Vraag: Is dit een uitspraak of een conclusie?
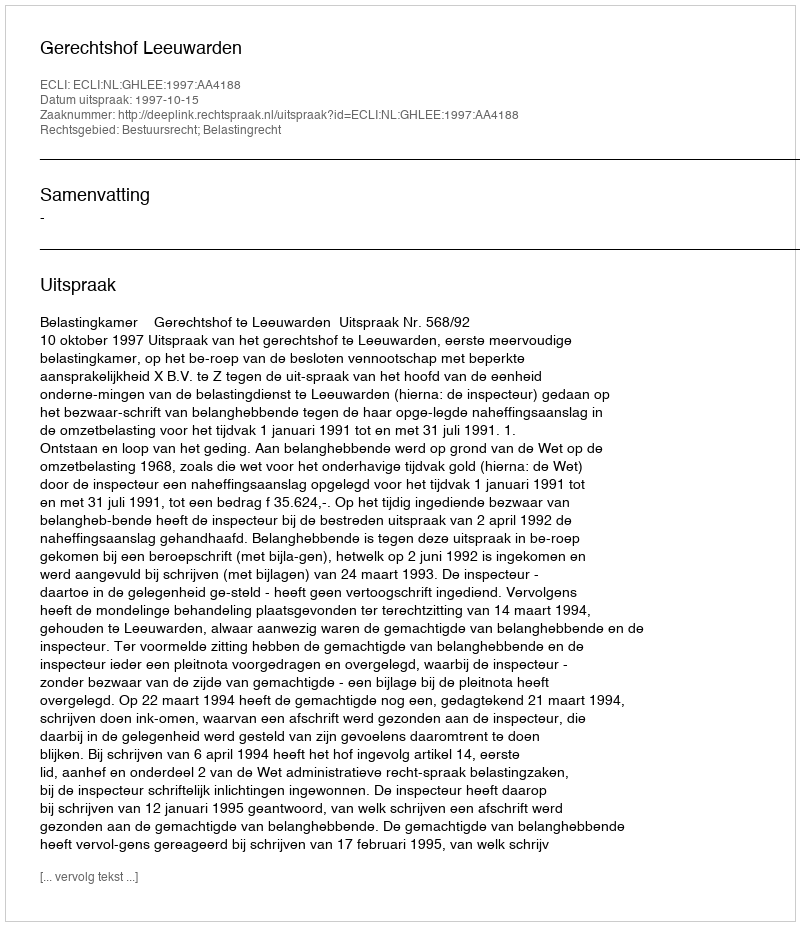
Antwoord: Uitspraak